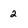
Character: 2